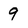
Character: 9